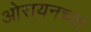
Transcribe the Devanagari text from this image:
ओरायनच्या